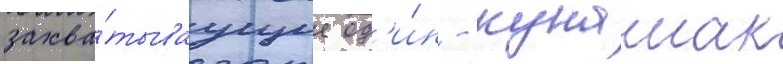
захва́тываущие од'и́н - кунашак